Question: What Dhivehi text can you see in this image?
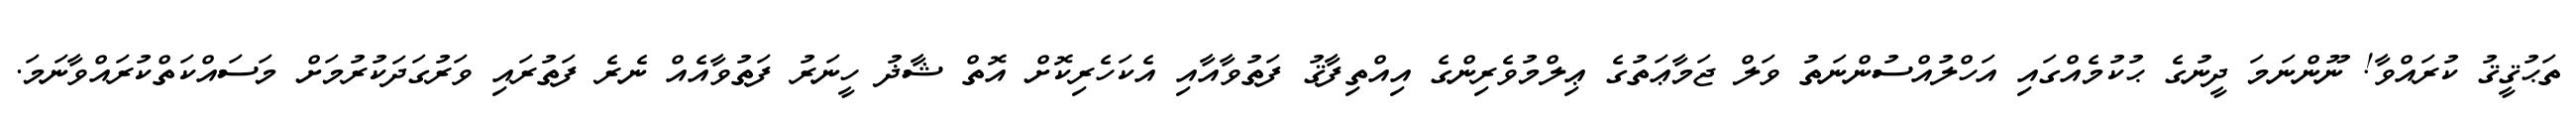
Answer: ތަޙުޤީޤު ކުރައްވާ! ނޫންނަމަ ދީނުގެ ޙުކުމެއްގައި އަހްލުއްސުންނަތު ވަލް ޖަމާޢަތުގެ ޢިލްމުވެރިންގެ އިއްތިފާޤު ފަތުވާއާއި އެކަހެރިކޮށް އޮތް ޝާޛު ހީނަރު ފަތުވާއެއް ނެރެ ފަތުރައި ވަރުގަދަކުރުމަށް މަސައްކަތްކުރައްވާނަމަ.